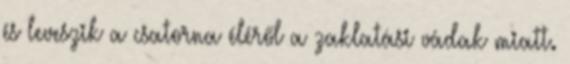
és leveszik a csatorna éléről a zaklatási vádak miatt.